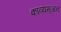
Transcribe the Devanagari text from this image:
काव्यसृजन